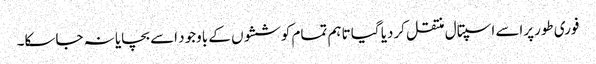
فوری طورپراسے اسپتال منتقل کردیا گیا تاہم تمام کوششوں کے باوجود اسے بچایا نہ جاسکا۔